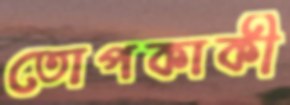
তোপকাকী